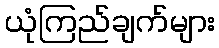
ယုံကြည်ချက်များ